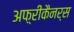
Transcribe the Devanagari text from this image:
अफ़्रीकैनर्स